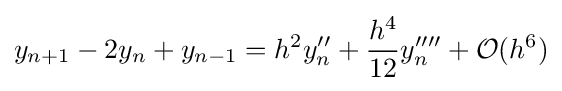
y_{n+1}-2y_{n}+y_{n-1}=h^{2}y''_{n}+{\frac {h^{4}}{12}}y''''_{n}+{\mathcal {O}}(h^{6})